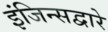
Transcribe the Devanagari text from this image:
इंजिन्सद्वारे